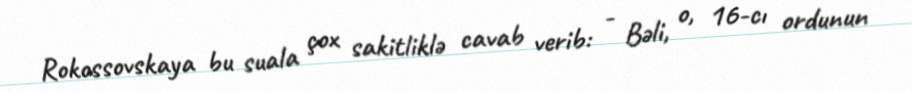
Rokossovskaya bu suala çox sakitliklə cavab verib: - Bəli, o, 16-cı ordunun